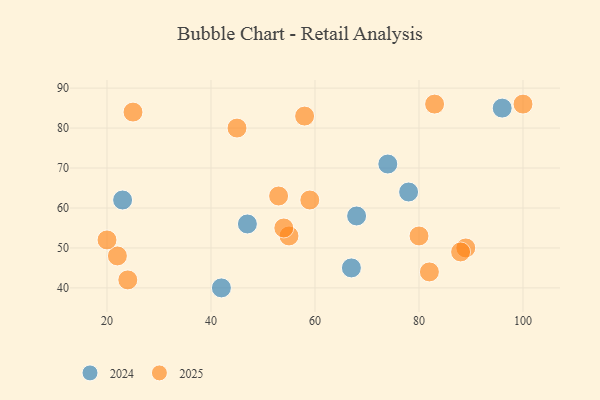
{"axis": {"x": "GDP", "y": "Life Expectancy"}, "legend": ["2024", "2025"], "data": [{"x": "59", "y": 62, "type": "2025"}, {"x": "55", "y": 53, "type": "2025"}, {"x": "24", "y": 42, "type": "2025"}, {"x": "53", "y": 63, "type": "2025"}, {"x": "22", "y": 48, "type": "2025"}, {"x": "45", "y": 80, "type": "2025"}, {"x": "20", "y": 52, "type": "2025"}, {"x": "100", "y": 86, "type": "2025"}, {"x": "25", "y": 84, "type": "2025"}, {"x": "89", "y": 50, "type": "2025"}, {"x": "82", "y": 44, "type": "2025"}, {"x": "83", "y": 86, "type": "2025"}, {"x": "80", "y": 53, "type": "2025"}, {"x": "88", "y": 49, "type": "2025"}, {"x": "54", "y": 55, "type": "2025"}, {"x": "58", "y": 83, "type": "2025"}, {"x": "68", "y": 58, "type": "2024"}, {"x": "67", "y": 45, "type": "2024"}, {"x": "96", "y": 85, "type": "2024"}, {"x": "47", "y": 56, "type": "2024"}, {"x": "78", "y": 64, "type": "2024"}, {"x": "23", "y": 62, "type": "2024"}, {"x": "42", "y": 40, "type": "2024"}, {"x": "74", "y": 71, "type": "2024"}]}